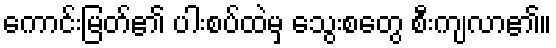
ကောင်းမြတ်၏ ပါးစပ်ထဲမှ သွေးစတွေ စီးကျလာ၏။